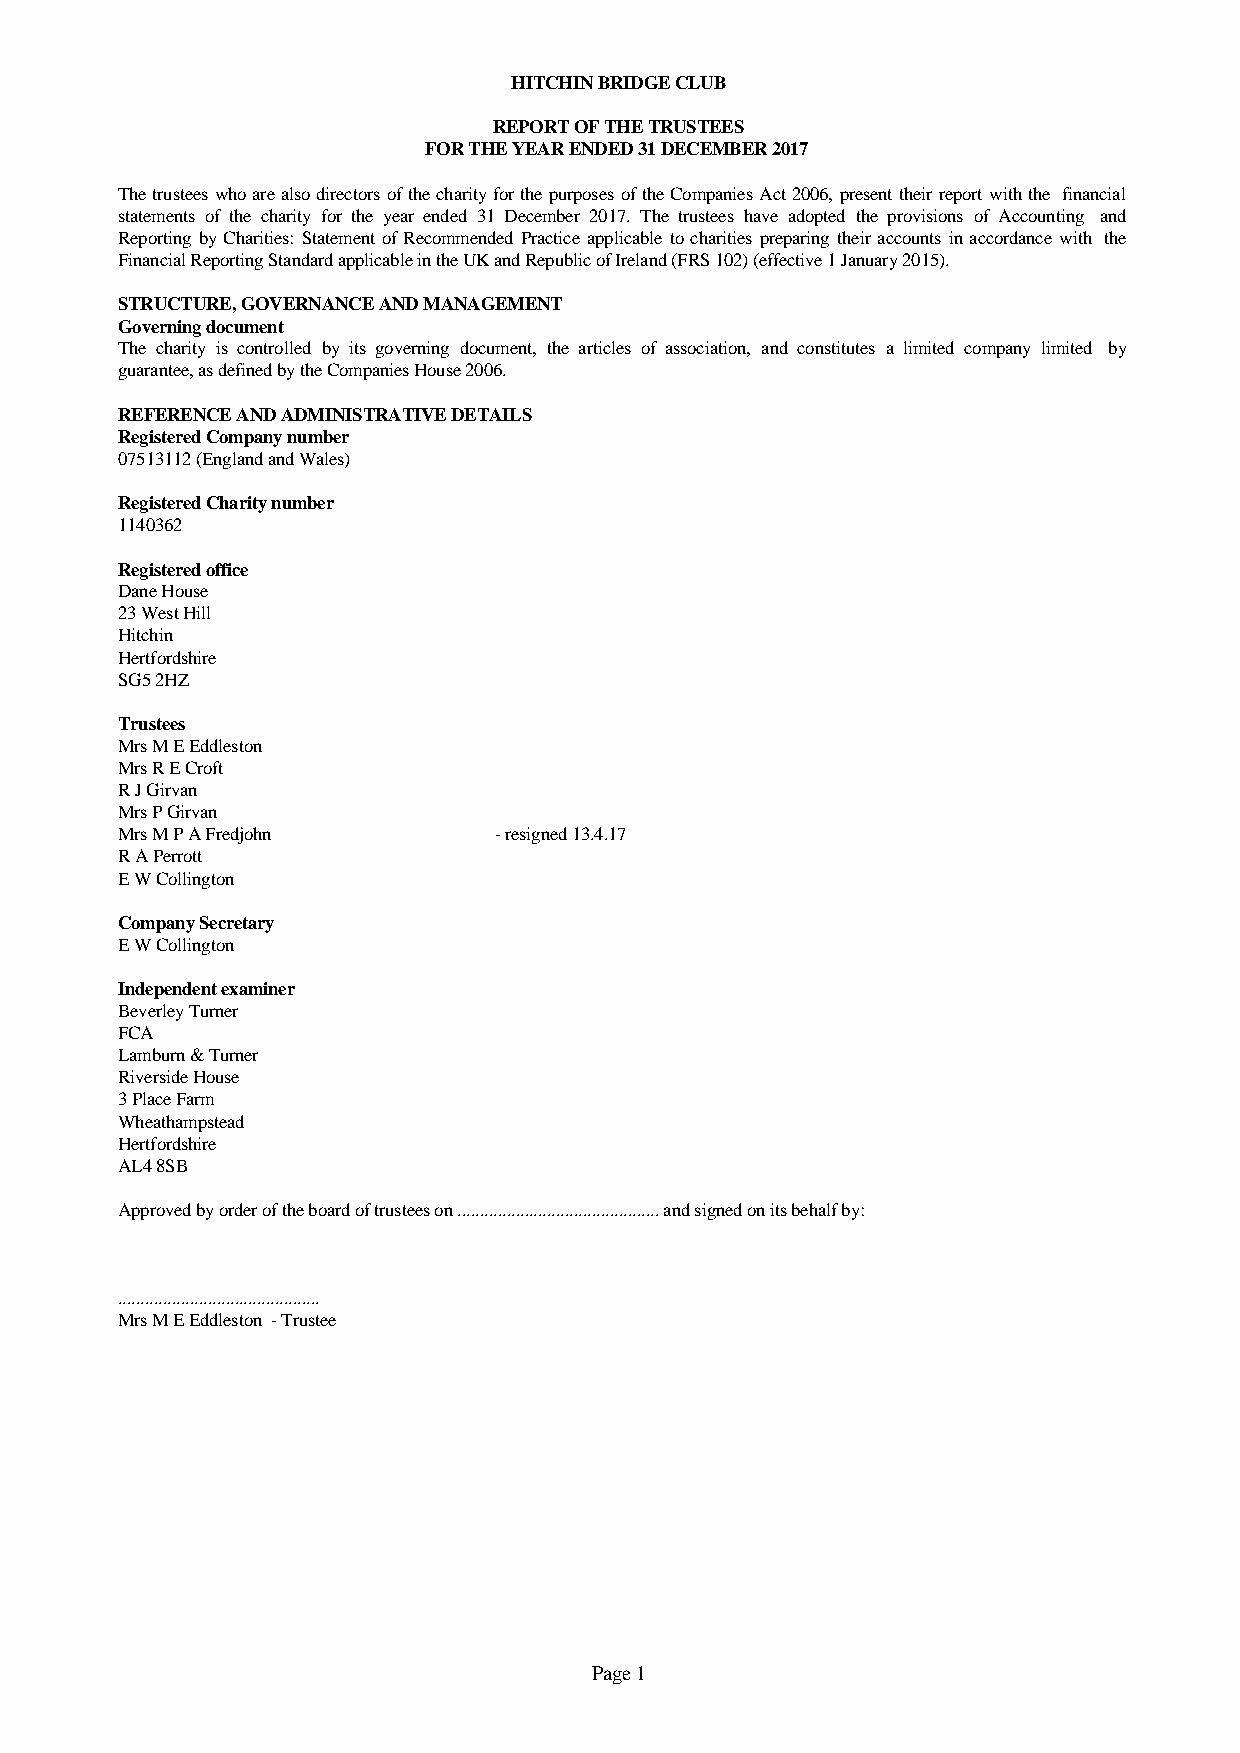
HITCHIN BRIDGE CLUB
 REPORT OF THE TRUSTEES
 FOR THE YEAR ENDED 31 DECEMBER 2017
 ThetrusteeswhoarealsodirectorsofthecharityforthepurposesoftheCompaniesAct2006,presenttheirreportwiththe financial
 statements of the charity for the year ended 31 December 2017. The trustees have adopted the provisions of Accounting and
 ReportingbyCharities:StatementofRecommendedPracticeapplicabletocharitiespreparingtheiraccountsinaccordancewith the
 Financial Reporting Standard applicable in the UK and Republic of Ireland (FRS 102) (effective 1 January 2015).
 STRUCTURE, GOVERNANCE AND MANAGEMENT
 Governing document
 The charity is controlled by its governing document, the articles of association, and constitutes a limited company limited by
 guarantee, as defined by the Companies House 2006.
 REFERENCE AND ADMINISTRATIVE DETAILS
 Registered Company number
 07513112 (England and Wales)
 Registered Charity number
 1140362
 Registered office
 Dane House
 23 West Hill
 Hitchin
 Hertfordshire
 SG5 2HZ
 Trustees
 Mrs M E Eddleston
 Mrs R E Croft
 R J Girvan
 Mrs P Girvan
 Mrs M P A Fredjohn       - resigned 13.4.17
 R A Perrott
 E W Collington
 Company Secretary
 E W Collington
 Independent examiner
 Beverley Turner
 FCA
 Lamburn & Turner
 Riverside House
 3 Place Farm
 Wheathampstead
 Hertfordshire
 AL4 8SB
 Approved by order of the board of trustees on ............................................. and signed on its behalf by:
 .............................................
 Mrs M E Eddleston - Trustee
 Page 1